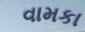
વામકા